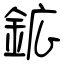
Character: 鉱